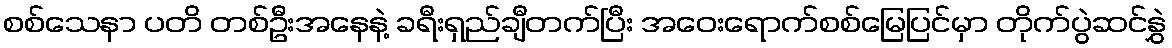
စစ်သေနာ ပတိ တစ်ဦးအနေနဲ့ ခရီးရှည်ချီတက်ပြီး အဝေးရောက်စစ်မြေပြင်မှာ တိုက်ပွဲဆင်နွှဲ